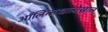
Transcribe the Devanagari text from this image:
ऑर्लिन्सखालोखाल